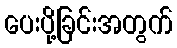
ပေးပို့ခြင်းအတွက်